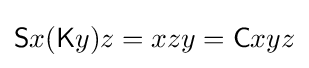
{\mathsf {S}}x({\mathsf {K}}y)z=xzy={\mathsf {C}}xyz